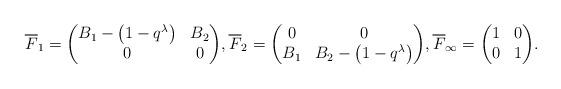
LaTeX: \begin{align*}&\overline{F}_1 = \begin{pmatrix} B_1-\big(1-q^{\lambda}\big) & B_2\\ 0 & 0 \end{pmatrix}\!, \overline{F}_2 = \begin{pmatrix} 0 & 0\\ B_1 & B_2-\big(1-q^{\lambda}\big) \end{pmatrix}\!, \overline{F}_{\infty} = \begin{pmatrix} 1 & 0\\ 0 & 1 \end{pmatrix}\!.\end{align*}